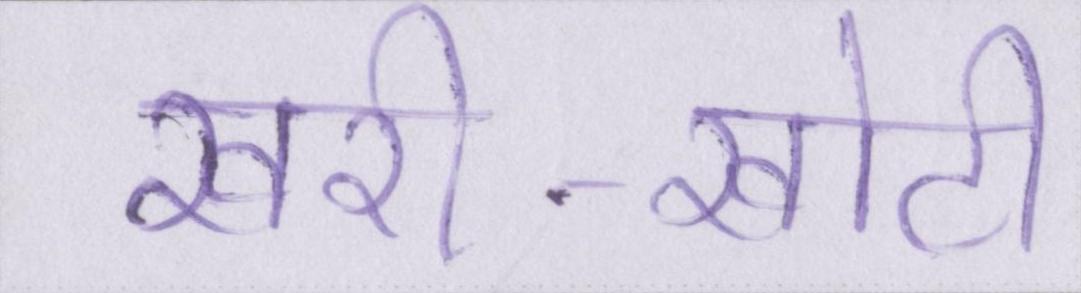
खरी-खोटी